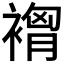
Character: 𮖣